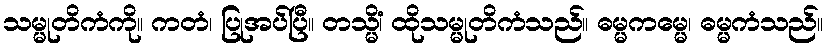
သမ္မုတိကံကို။ ကတံ၊ ပြုအပ်ပြီ။ တသ္မိံ၊ ထိုသမ္မုတိကံသည်။ ဓမ္မကမ္မေ၊ ဓမ္မကံသည်။